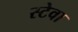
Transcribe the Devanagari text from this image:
स्टेवा